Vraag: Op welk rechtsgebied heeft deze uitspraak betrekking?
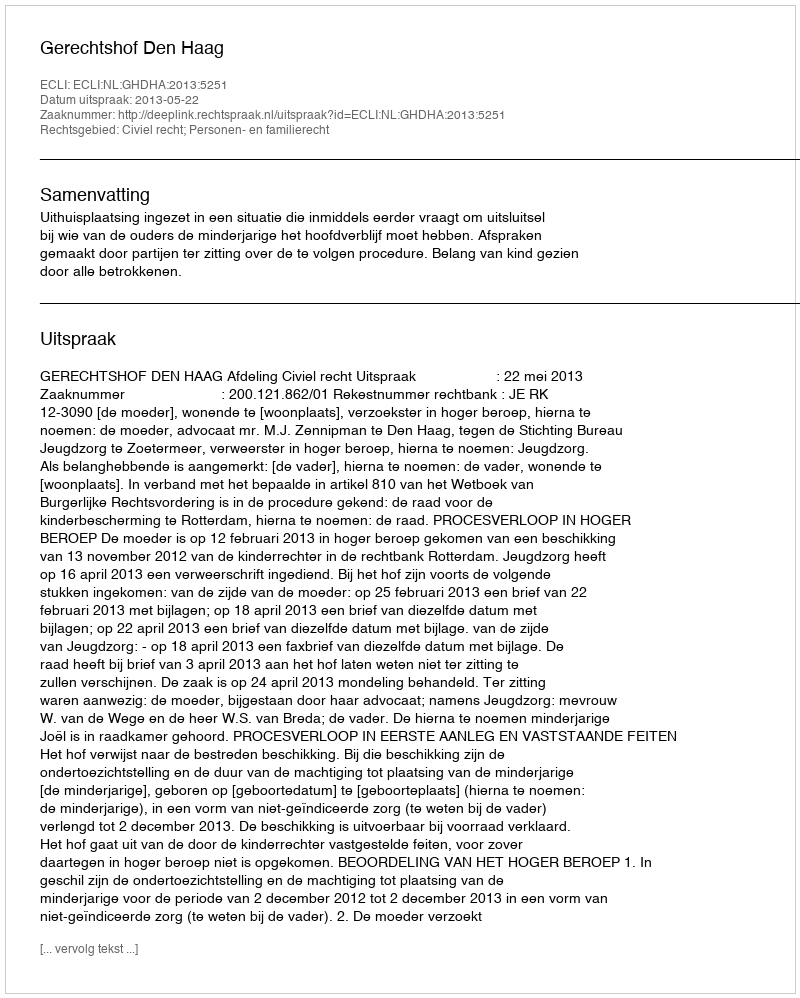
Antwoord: Civiel recht; Personen- en familierecht